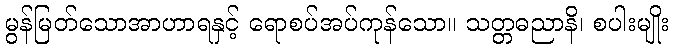
မွန်မြတ်သောအာဟာရနှင့် ရောစပ်အပ်ကုန်သော။ သတ္တဓညာနိ၊ စပါးမျိုး